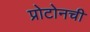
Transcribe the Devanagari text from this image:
प्रोटोनची